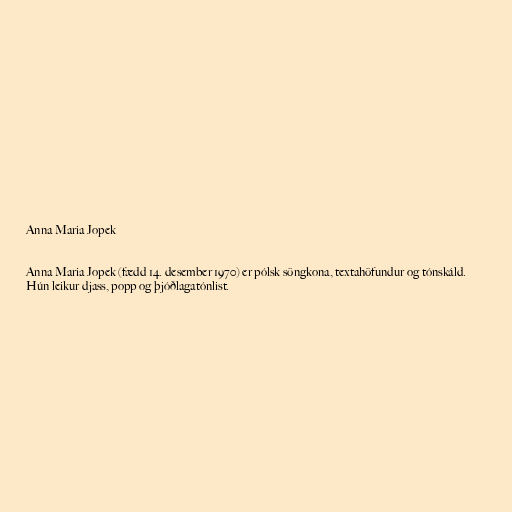
Anna Maria Jopek

Anna Maria Jopek (fædd 14. desember 1970) er pólsk söngkona, textahöfundur og tónskáld.
Hún leikur djass, popp og þjóðlagatónlist.